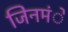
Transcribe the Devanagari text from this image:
जिनमंे